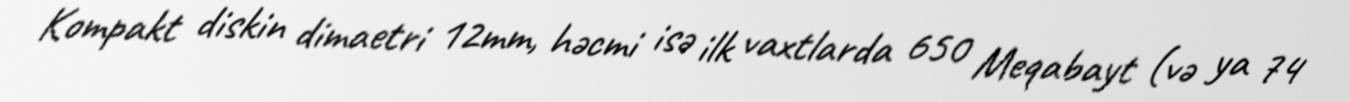
Kompakt diskin dimaetri 12mm, həcmi isə ilk vaxtlarda 650 Meqabayt (və ya 74